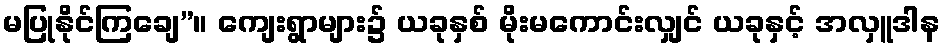
မပြုနိုင်ကြချေ”။ ကျေးရွာများ၌ ယခုနှစ် မိုးမကောင်းလျှင် ယခုနှင့် အလှူဒါန